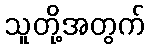
သူတို့အတွက်